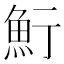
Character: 𩶷